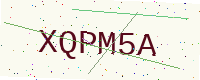
Text: XQPM5A